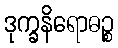
ဒုက္ခနိရောဓဉ္စ